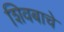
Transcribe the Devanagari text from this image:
शिवबाचे